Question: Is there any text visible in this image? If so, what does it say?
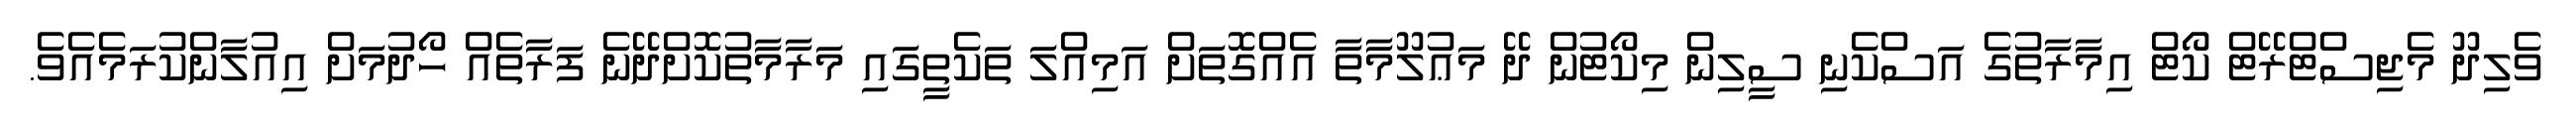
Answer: ވެލިދޫ މެޖިސްޓްރޭޓް ކޯޓް އިމާރާތުގެ އަސްކެނި ސީލިން މިކޯޓުން ދޭ މަޢުލޫމާތާ އެއްގޮތަށް އަމިއްލަ ތަކެތީގައި މަރާމާތުކޮށްދޭނެ ފަރާތެއް ހޯދުމަށް އިއުލާންކުރަމެއެވެ.